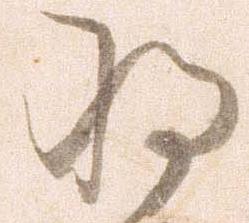
将